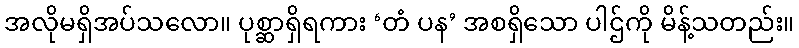
အလိုမရှိအပ်သလော။ ပုစ္ဆာရှိရကား ‘တံ ပန’ အစရှိသော ပါဌ်ကို မိန့်သတည်း။